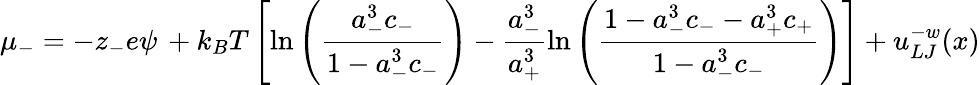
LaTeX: \mu_{-}=-z_{-}e\psi\, +k_{B}T\left[\ln\left({\frac{a_{-}^{3}c_{-}}{1-a_{-}^{3}c_{-}}}\right)-\frac{a_{-}^{3}}{a_{+}^{3}}\ln\left({\frac{1-a_{-}^{3}c_{-}-a_{+}^{3}c_{+}}{1-a_{-}^{3}c_{-}}}\right)\right]+u_{LJ}^{-w}(x)